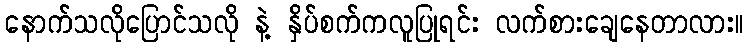
နောက်သလိုပြောင်သလို နဲ့ နှိပ်စက်ကလူပြုရင်း လက်စားချေနေတာလား။